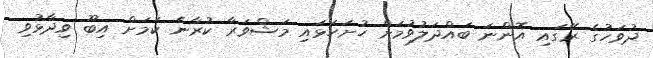
ދުވަހުގެ ރޭގައި އޮންނަ ބައްދަލުވުމަށް ހުށަހަޅައި މަޝްވަރާ ކުރާނެ ކަމަށް އިބޫ ވިދާޅުވި